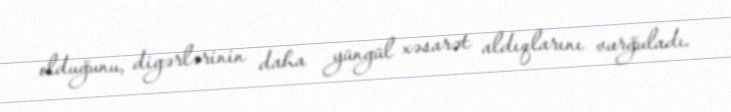
olduğunu, digərlərinin daha yüngül xəsarət aldıqlarını vurğuladı.